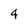
Character: 4